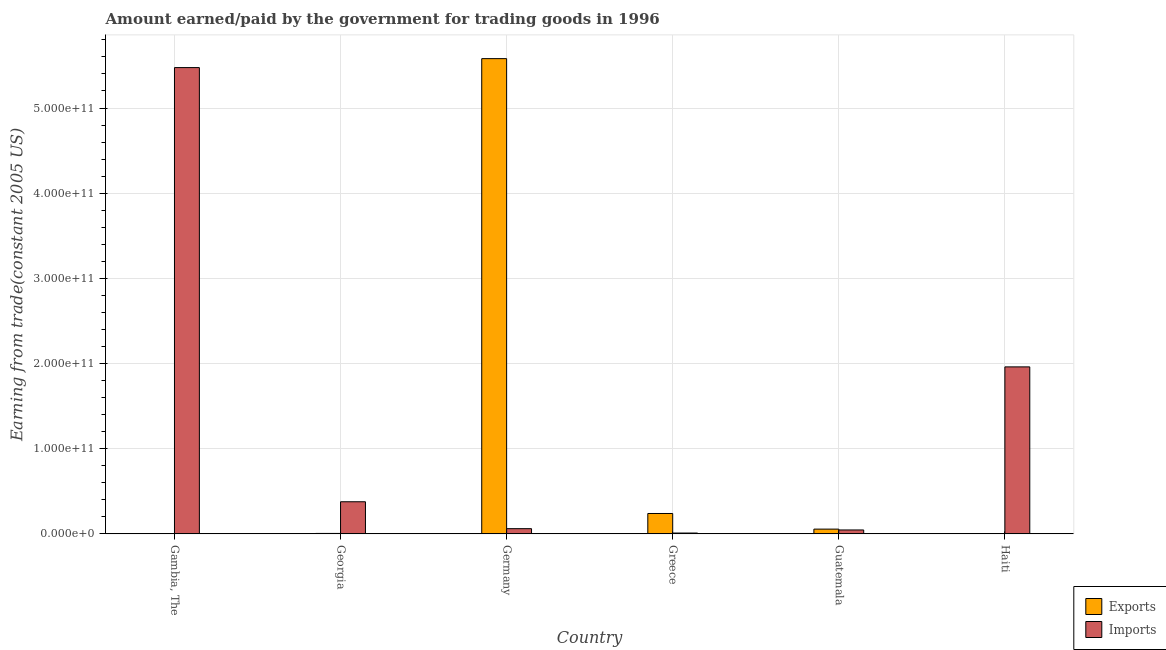
| Country | Exports | Imports |
 | --- | --- | --- |
 | Gambia, The | 1.7e+08 | 5.47e+11 |
 | Georgia | 5.02e+08 | 3.77e+10 |
 | Germany | 5.58e+11 | 6.09e+09 |
 | Greece | 2.39e+10 | 9.69e+08 |
 | Guatemala | 5.57e+09 | 4.59e+09 |
 | Haiti | 3.08e+08 | 1.96e+11 |